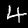
Digit: 4